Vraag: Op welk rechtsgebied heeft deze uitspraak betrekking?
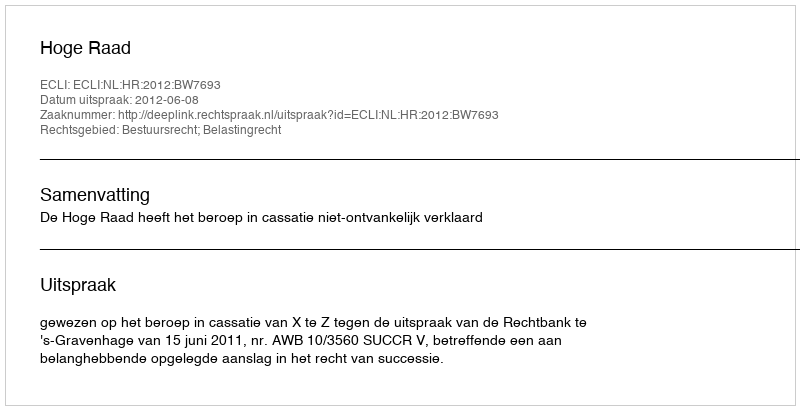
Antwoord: Bestuursrecht; Belastingrecht